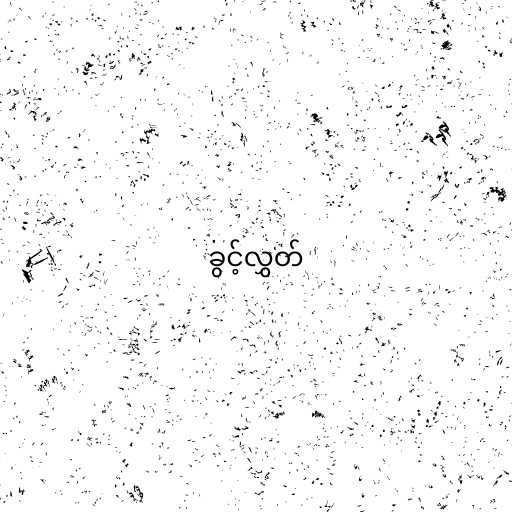
ခွင့်လွှတ်